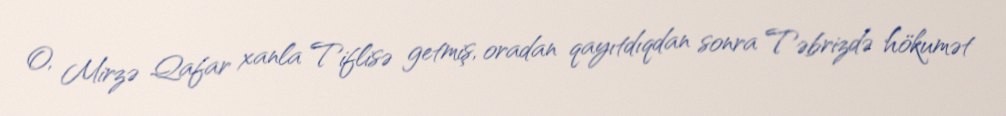
O, Mirzə Qafar xanla Tiflisə getmiş, oradan qayıtdıqdan sonra Təbrizdə hökumət